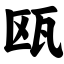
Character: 瓯